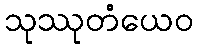
သုဿုတံယေဝ